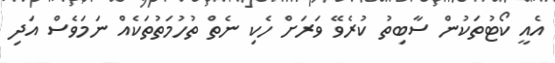
އެއީ ކޯޓުތަކުން ސާބިތު ކުރެވޭ ވަރަށް ހެކި ނެތް ތުހުމަތުތަކެއް ނަމަވެސް އަދި